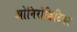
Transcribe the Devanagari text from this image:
ओनिरोक्रिटिका